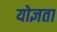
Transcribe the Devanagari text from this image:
योज्ञता